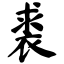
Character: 裘